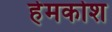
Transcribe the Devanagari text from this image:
हेमकोश